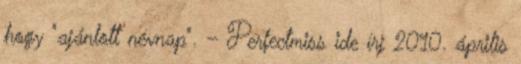
hogy "ajánlott névnap". – Perfectmiss ide írj 2010. április